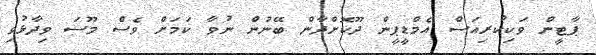
ޕާޓީން ވަކިކުރިއަސް އެމްޑީޕީން ދޫކޮށްދާން ބޭނުން ނުވާ ކަމަށް ވެސް މޫސަ ވިދާޅުވި